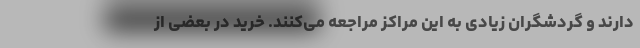
دارند و گردشگران زیادی به این مراکز مراجعه می‌کنند. خرید در بعضی از